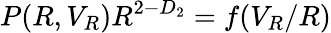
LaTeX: P(R,V_{R})R^{{2}-D_{2}}=f(V_{R}/R)